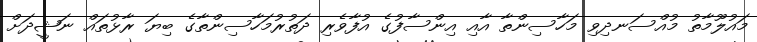
މައުލޫމާތު މުއްސަނދިވި މަހާސިންތާ އާއި އިންސާފުގެ އުފާވެރި ދަތުރުމަހާސިންތާގެ ބިޔަ ރާޅުތައް ނަޝީދަށް